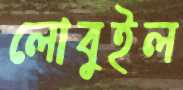
লোবুইল